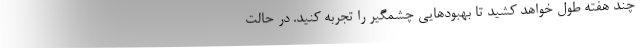
چند هفته طول خواهد کشید تا بهبودهایی چشمگیر را تجربه کنید. در حالت